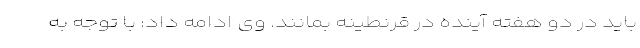
باید در دو هفته آینده در قرنطینه بمانند. وی ادامه داد: با توجه به